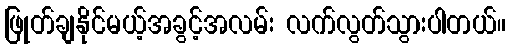
ဖြုတ်ချနိုင်မယ့်အခွင့်အလမ်း လက်လွတ်သွားပါတယ်။